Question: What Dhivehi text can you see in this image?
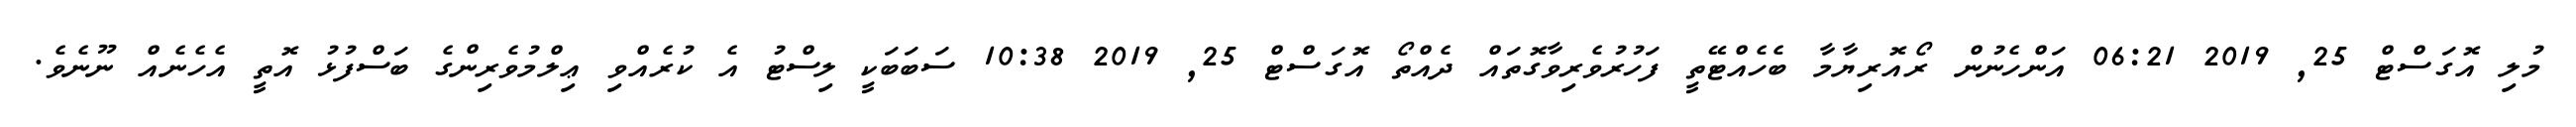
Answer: މުލި އޮގަސްޓް 25, 2019 06:21 އަންހެނުން ރޯއޮރިޔާމާ ބެހެއްޓޭތީ ފަހުރުވެރިވާގޮތައް ދެއްތޯ އޮގަސްޓް 25, 2019 10:38 ސަބަބަކީ ލިސްޓު އެ ކުރެއްވި ޢިލްމުވެރިންގެ ބަސްފުޅު އޮތީ އެހެނެއް ނޫނެވެ.